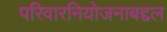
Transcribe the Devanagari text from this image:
परिवारनियोजनाबद्दल